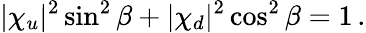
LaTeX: |\chi_{u}|^{2}\sin^{2}\beta+|\chi_{d}|^{2}\cos^{2}\beta=1\, .